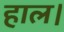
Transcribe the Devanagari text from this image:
हाल।